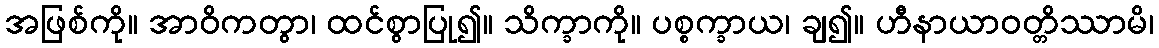
အဖြစ်ကို။ အာဝိကတွာ၊ ထင်စွာပြု၍။ သိက္ခာကို။ ပစ္စက္ခာယ၊ ချ၍။ ဟီနာယာဝတ္တိဿာမိ၊